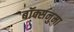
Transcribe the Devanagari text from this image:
बॉक्सनुमा